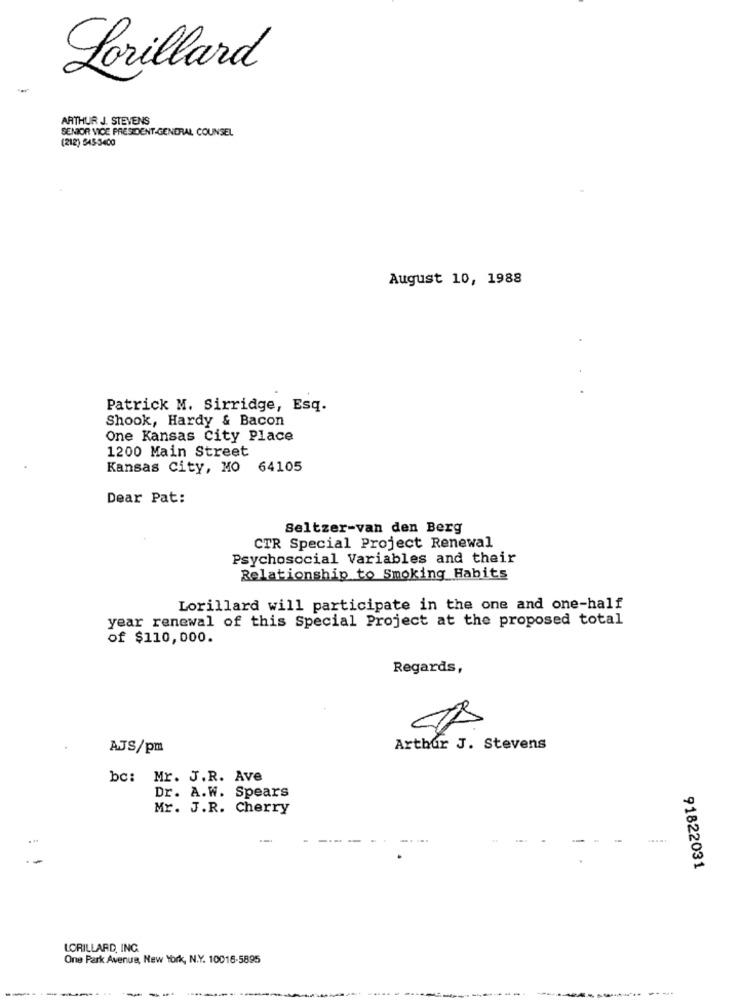
Lorillard
ARTHUR J. STEVENS
SENIOR VICE PRESIDENT-GENERAL COUNSEL
(212) 545-3400
August 10, 1988
Patrick M. Sirridge, Esq.
Shook, Hardy & Bacon
One Kansas City Place
1200 Main Street
Kansas City, MO 64105
Dear Pat:
Seltzer-van den Berg
CTR Special Project Renewal
Psychosocial Variables and their
Relationship to Smoking Habits
Lorillard will participate in the one and one-half
year renewal of this Special Project at the proposed total
of $110,000.
Regards,
AJS/pm
Arthur J. Stevens
bc: Mr. J.R. Ave
Dr. A.W. Spears
Mr. J.R. Cherry
....
91822031
LORILLARD, ING.
One Park Avenue, New York, N.Y. 10016-5895
---